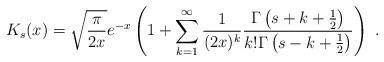
LaTeX: \begin{align*}K_{s}(x)= \sqrt{\frac{\pi}{2x}} e^{-x} \left(1+ \sum_{k=1}^{\infty} \frac{1}{(2x)^k}\frac{\Gamma\left(s+k+\frac{1}{2}\right)}{k!\Gamma\left(s-k+\frac{1}{2}\right)}\right)\ .\end{align*}